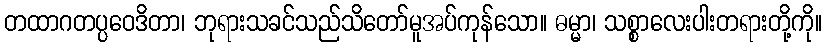
တထာဂတပ္ပဝေဒိတာ၊ ဘုရားသခင်သည်သိတော်မူအပ်ကုန်သော။ ဓမ္မာ၊ သစ္စာလေးပါးတရားတို့ကို။